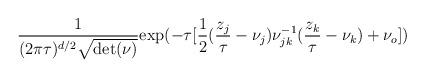
LaTeX: \begin{align*}{ {1}\over{(2\pi\tau)^{d/2}\sqrt{{\rm det}(\nu)} } }{\rm exp}(-\tau[{{1}\over{2}}({{z_j}\over{\tau}} - \nu_j)\nu_{jk}^{-1}({{z_k}\over{\tau}} - \nu_k)+\nu_o])\end{align*}